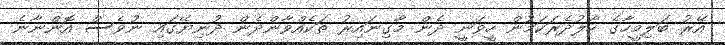
އޭރު ބަލިމީހާގެ ހާލުދެރަކަމުން ހީވަނީ ދެން މާގިނައިރު ތަކެއްވާންދެން ދުނިޔޭގައި ނުވެސް އޮންނާނެ